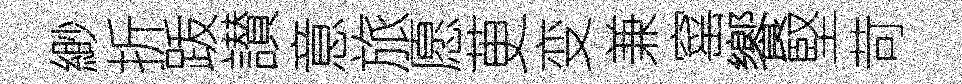
緲折䟦讃意旅愿茰变兼窰饗堅苛